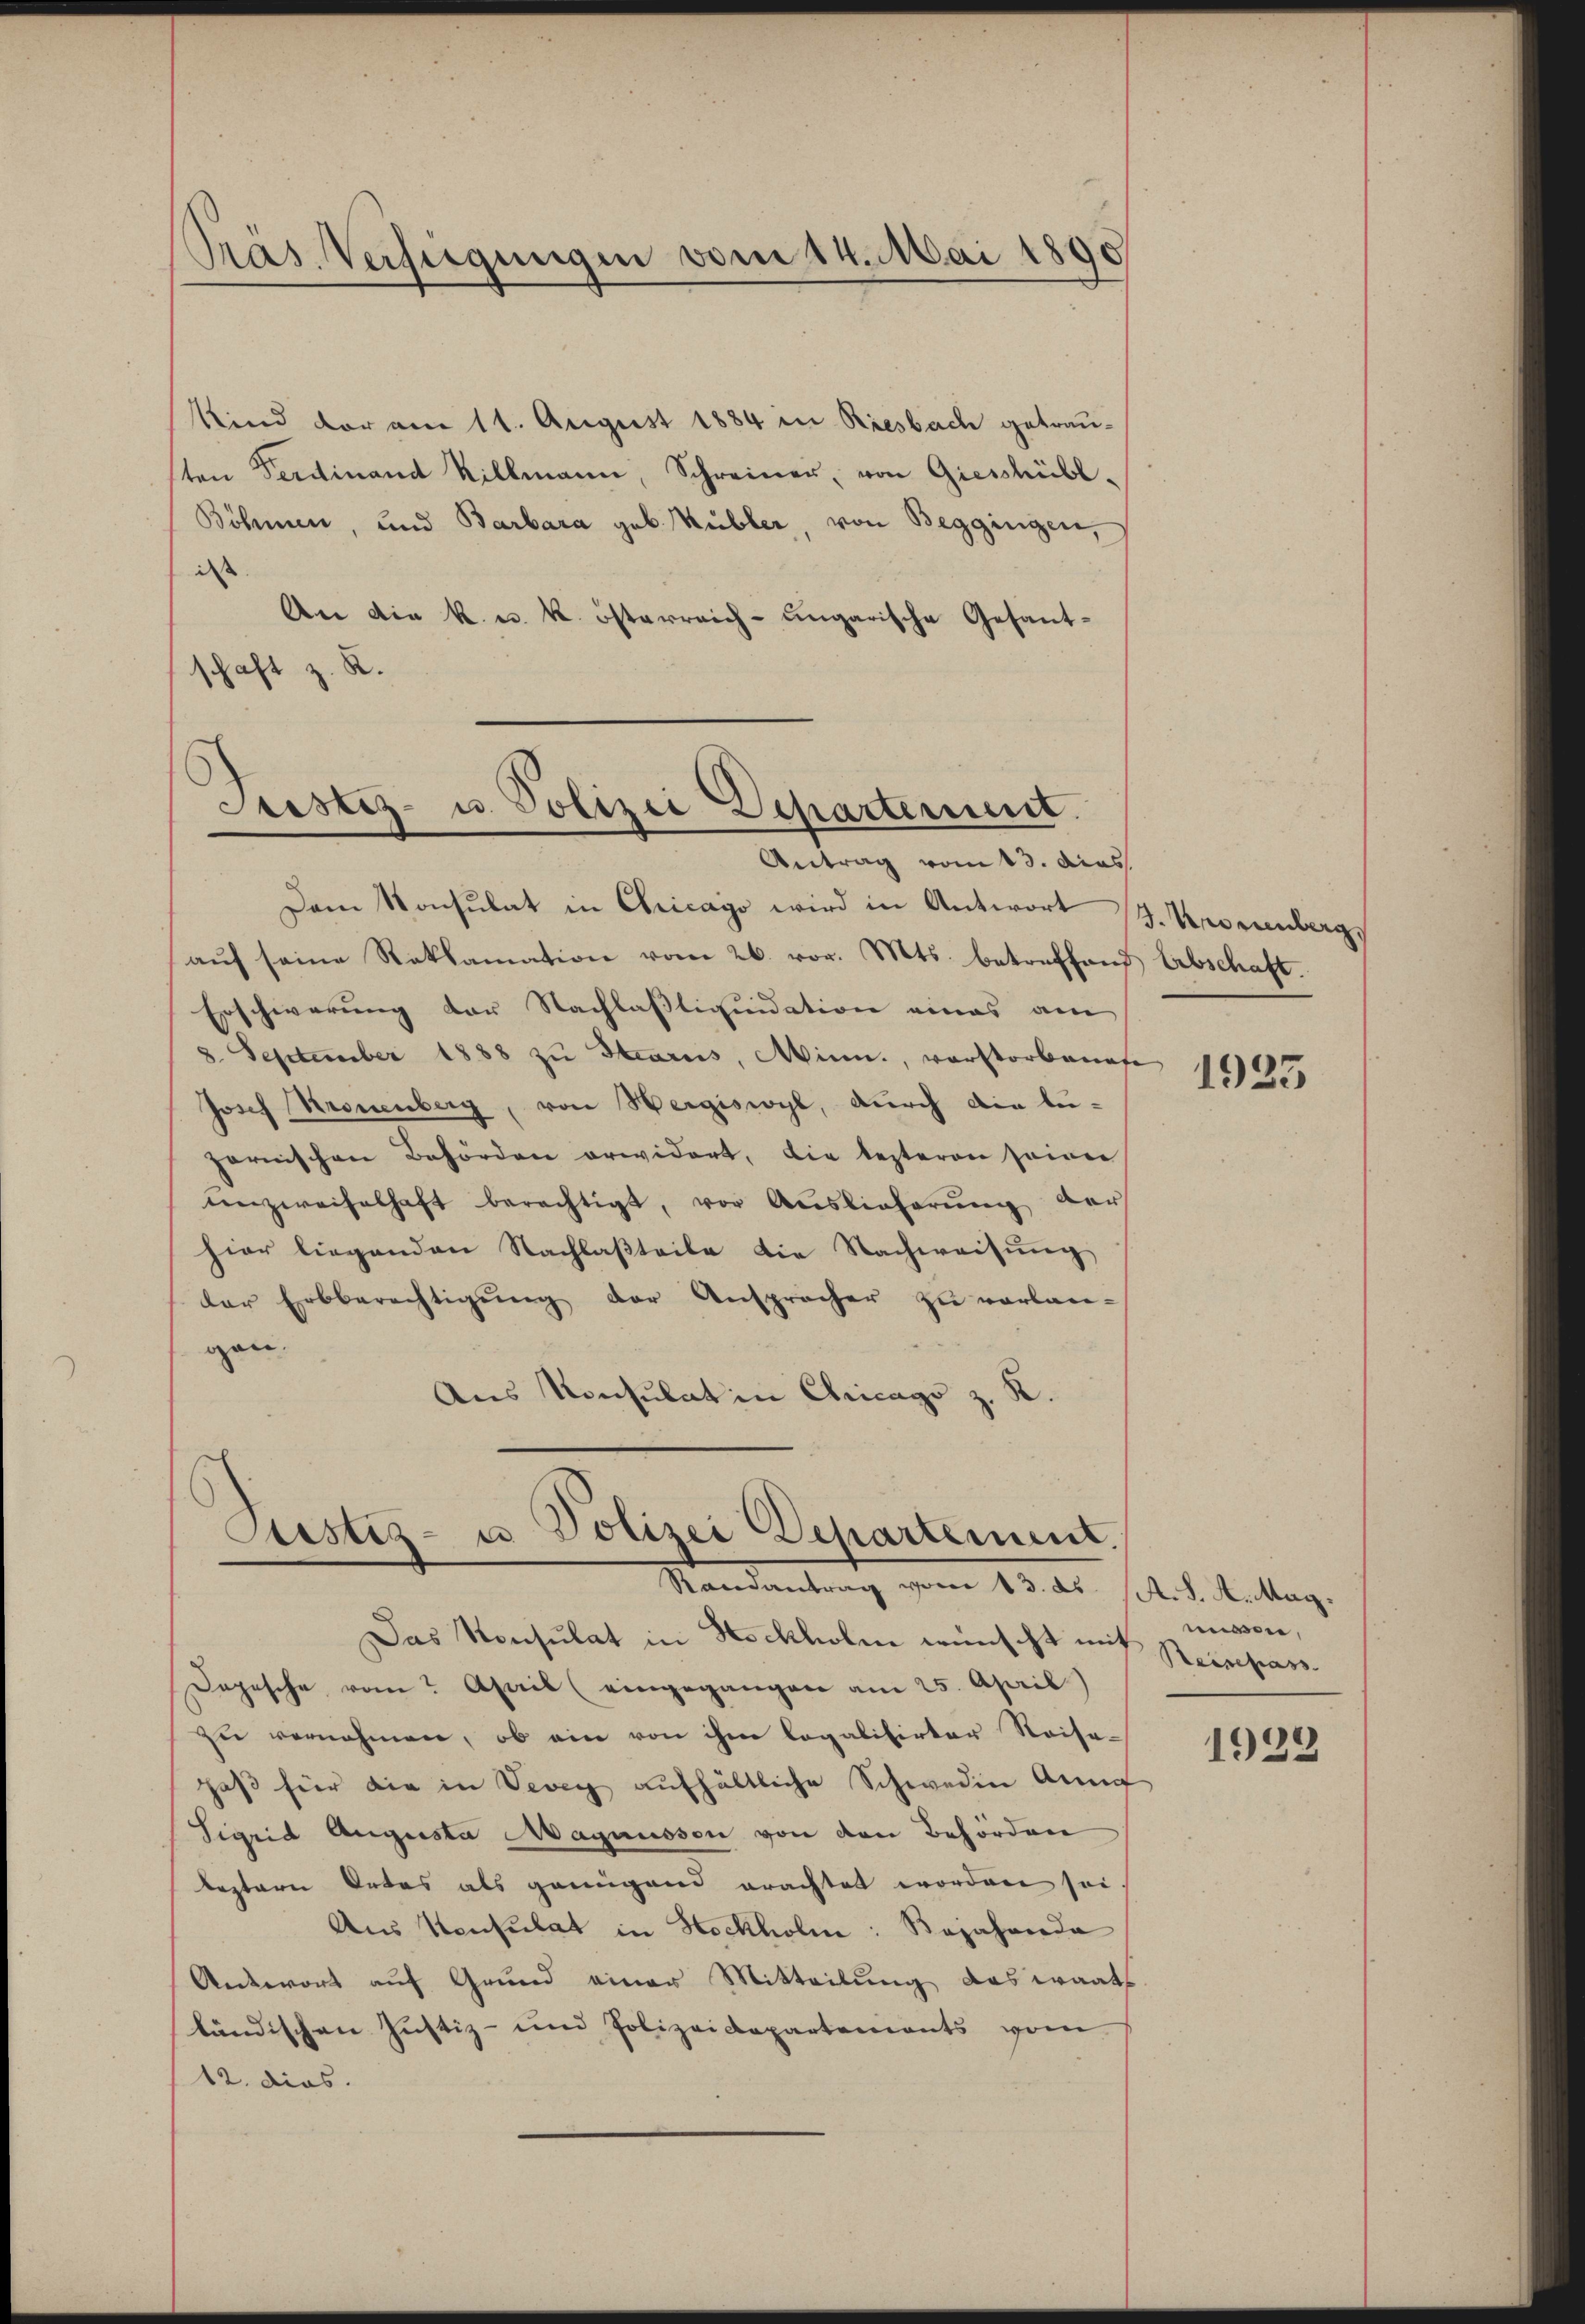
Pras. Verfügungen vom 14. Mai 1890

Kind vor am 11. August 1884 in Riesbach getrau-
ten Ferdinant Sillmann, Schreiner, von Giesshübl¬
Böhmen, und Barbara geb. Kübler, von Beggingen,
iss
An die k. u. k. österreich-ungarische Gesanthaft z. R.
.

Justiz- u. Polizei Dchartement.
Antrag vom 13. dies

Dem Konsulat in Chicago wird in Antwort J. Kronenberg,
aŭf seine Reklamation vom 26. vor. Mts. betreffend Abschaft.
Erschwerung der Nachlastiquidation eines am
8. September 1888 zu Scariis, Minn, verstorbenefe
Josef Kronenberg, von Hergiswyl, durch die leparnischen Behörden erwidert, die lezteren seiner
unzweifelhaft berechtigt, vor Auslieferŭng der
hier liegenden Nachlaßteile die Nachweisung
der Erbberechtigŭng der Ansprächer zu verlan-
gen.
Aus Konsulat in Chicago z. K.

Custiz- u Polizei Departement.
Randantrag vom 13. ds. 1. d. Anttag.

Das Konsulat in Stockholen wünscht mit Reisepar¬
Dopische vom April (eingegangen am 25. April)
zu vernehmen, ob ein von ihm legalisirter Reisegaβ für die in Vevey aufhältliche Schweden Anna
Sigrid Augusta Magnusson von den Behörden
leztern Ortes als genügend erachtet worden sei
Aus Mensulat in Stockholm: Bejahende
Antwort auf Grund einer Mitteilung das wart
ländischen Justiz- und Polizeidepartements vom
12. dies.

1923

nissen,

)
192.